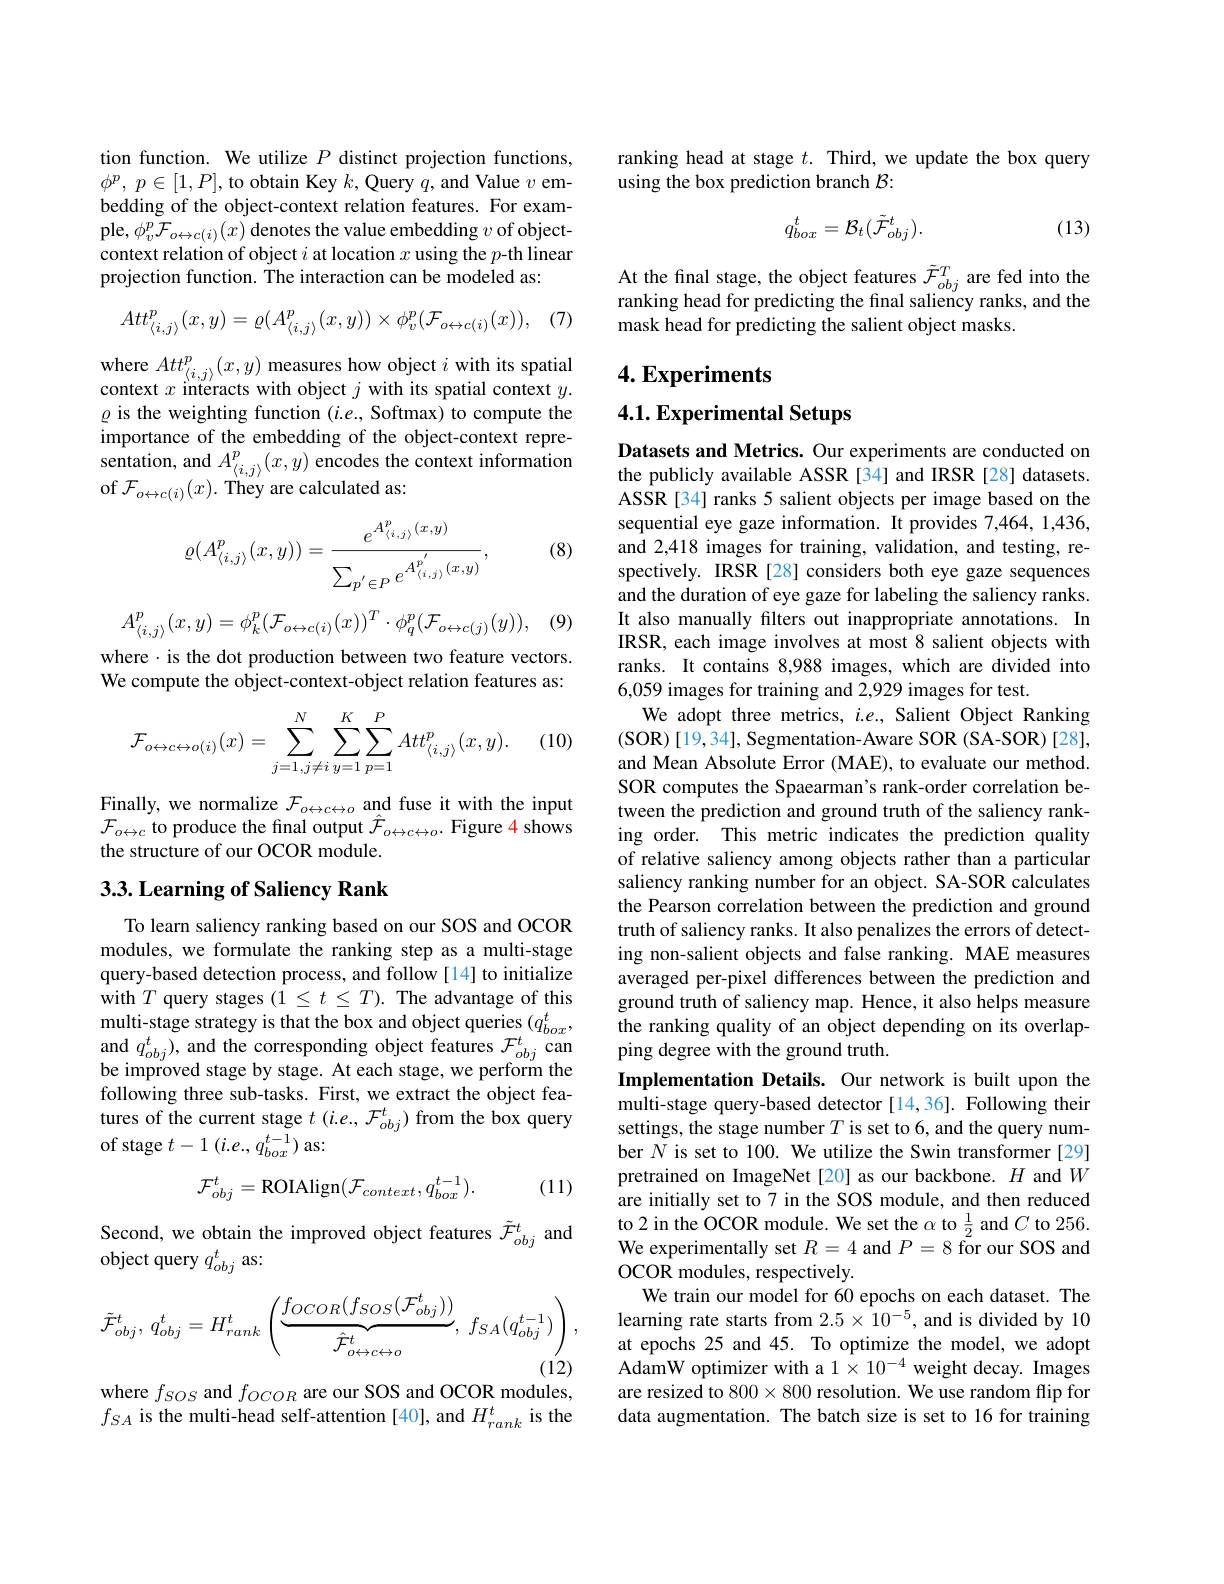
tion function. We utilize $P$ distinct projection functions, $\phi ^p$, $p\in [ 1, P] $, to obtain Key $k$,Query $q$, and Value $v$ embedding of the object-context relation features. For example, $\phi_v^p\mathcal{F}_{o\leftrightarrow c(i)}(x)$ denotes the value embedding $v$ of objectcontext relation of object $i$ at location $x$ using the $p$-th linear projection function. The interaction can be modeled as:

(7)
$$Att_{\langle i,j\rangle}^p(x,y)=\varrho(A_{\langle i,j\rangle}^p(x,y))\times\phi_v^p(\mathcal{F}_{o\leftrightarrow c(i)}(x)),$$
$\begin{array}{l}\mathrm{where~}Att_{\langle i,j\rangle}^p(x,y)\text{ measures how object }i\text{ with its spatial}\\\mathrm{context~}x\text{ interacts with object }j\text{ with its spatial context }y.\end{array}$ $\varrho$ is the weighting function (i.e., Softmax) to compute the importance of the embedding of the object-context representation, and $A_{\langle i, j\rangle }^{p}( x, y)$ encodes the context information of $\mathcal{F} _{o\leftrightarrow c( i) }( x) .$ They are calculated as:

(8)
$$\varrho(A_{\langle i,j\rangle}^{p}(x,y))=\frac{e^{A_{\langle i,j\rangle}^{p}(x,y)}}{\sum_{p^{'}\in P}e^{A_{\langle i,j\rangle}^{p^{'}}(x,y)}},$$
(9)
$$A_{\langle i,j\rangle}^{p}(x,y)=\phi_{k}^{p}(\mathcal{F}_{o\leftrightarrow c(i)}(x))^{T}\cdot\phi_{q}^{p}(\mathcal{F}_{o\leftrightarrow c(j)}(y)),$$
where $\cdot$ is the dot production between two feature vectors. We compute the object-context-object relation features as:

(10)
$$\mathcal{F}_{o\leftrightarrow c\leftrightarrow o(i)}(x)=\sum_{j=1,j\neq i}^{N}\sum_{y=1}^{K}\sum_{p=1}^{P}Att_{\langle i,j\rangle}^{p}(x,y).$$
Finally, we normalize $\mathcal{F}_o\leftrightarrow c\leftrightarrow o$ and fuse it with the input $\mathcal{F}_{o\leftrightarrow c}$ to produce the final output $\hat{\mathcal{F}}_o\leftrightarrow c\leftrightarrow o.$ Figure 4 shows the structure of our OCOR module.

## 3.3. Learning of Saliency Rank

To learn saliency ranking based on our SOS and OCOR modules, we formulate the ranking step as a multi-stage query-based detection process, and follow [14] to initialize with $T$ query stages $(1\leq t\leq T).$ The advantage of this multi-stage strategy is that the box and object queries $(q_{box}^t$, $\begin{array}{l}{\mathrm{and~}q_{obj}^{t}),\mathrm{~and~the~corresponding~object~features~}\mathcal{F}_{obj}^{t}\mathrm{~can}}\\{\mathrm{be~improved~stage~by~stage.~At~each~stage,~we~perform~the}}\\\end{array}$ following three sub-tasks. First, we extract the object features of the current stage $t(i.e.,\mathcal{F}_{obj}^{t})$ from the box query of stage $t-1(i.e.,q_{box}^{t-1})$ as:
$$\mathcal{F}_{obj}^{t}=\mathrm{ROIAlign}(\mathcal{F}_{context},q_{box}^{t-1}).$$
(11)

Second, we obtain the improved object features $\tilde{\mathcal{F}}_obj^t$ and
object query $q_{obj}^t$ as:
$$\tilde{\mathcal{F}}_{obj}^t,\:q_{obj}^t=H_{rank}^t\left(\underbrace{f_{OCOR}(f_{SOS}(\mathcal{F}_{obj}^t))}_{\hat{\mathcal{F}}_{o\leftrightarrow c\leftrightarrow o}^t},\:f_{SA}(q_{obj}^{t-1})\right),$$
where $f_{SOS}$ and $f_{OCOR}$ are our SOS and OCOR modules,

$f_{SA}$ is the multi-head self-attention [40], and $H_rank^t$ is the

ranking head at stage $t.$ Third, we update the box query
using the box prediction branch $\mathcal{B}:$
$$q_{box}^t=\mathcal{B}_t(\tilde{\mathcal{F}}_{obj}^t).$$
(13)

At the final stage, the object features $\tilde{\mathcal{F}}_{obj}^T$ are fed into the ranking head for predicting the final saliency ranks, and the mask head for predicting the salient object masks.

## $4. \textbf{Experiments}$

## 4.1. Experimental Setups

Datasets and Metrics. Our experiments are conducted on the publicly available ASSR[34] and IRSR[28] datasets. ASSR [34] ranks 5 salient objects per image based on the sequential eye gaze information. It provides 7,464, 1,436, and 2,418 images for training, validation, and testing, respectively. IRSR [28] considers both eye gaze sequences and the duration of eye gaze for labeling the saliency ranks. It also manually filters out inappropriate annotations. In IRSR, each image involves at most 8 salient objects with ranks. It contains 8,988 images, which are divided into 6,059 images for training and 2,929 images for test.
We adopt three metrics, $i.e.$, Salient Object Ranking (SOR)[19,34],Segmentation-Aware SOR(SA-SOR)[28], and Mean Absolute Error (MAE), to evaluate our method. SOR computes the Spaearman's rank-order correlation between the prediction and ground truth of the saliency ranking order. This metric indicates the prediction quality of relative saliency among objects rather than a particular saliency ranking number for an object. SA-SOR calculates the Pearson correlation between the prediction and ground truth of saliency ranks. It also penalizes the errors of detecting non-salient objects and false ranking. MAE measures averaged per-pixel differences between the prediction and ground truth of saliency map. Hence, it also helps measure the ranking quality of an object depending on its overlapping degree with the ground truth.
Implementation Details. Our network is built upon the multi-stage query-based detector [14,36]. Following their settings, the stage number $T$ is set to 6, and the query number $N$ is set to 100. We utilize the Swin transformer[29] pretrained on ImageNet[20] as our backbone. $H$ and $W$ are initially set to 7 in the SOS module, and then reduced to 2 in the OCOR module. We set the $\alpha$ to $\frac12$ and $C$ to 256. We experimentally set $R=4$ and $P=8$ for our SOS and OCOR modules, respectively.
We train our model for 60 epochs on each dataset. The learning rate starts from $2.5\times10^{-5}$, and is divided by 10 at epochs 25 and 45. To optimize the model, we adopt $\hat{\text{AdamW optimizer with a }1\times10^{-4}}$ weight decay. Images are resized to $800\times800$ resolution. We use random flip for data augmentation. The batch size is set to 16 for training